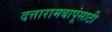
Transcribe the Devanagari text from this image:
दत्तारामबापूंसाठी